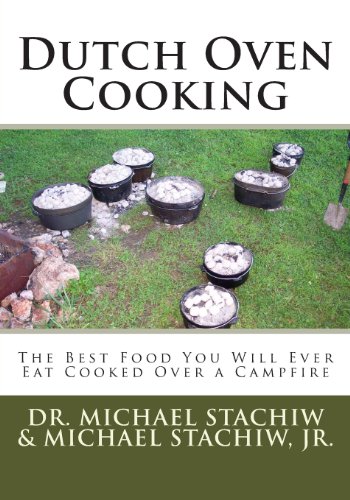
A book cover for Dutch Oven Cooking: The Best Food You Will Ever Eat Cooked Over a Camp Fire; Dr. Michael Stachiw; Cookbooks, Food & Wine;